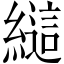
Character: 𰫲